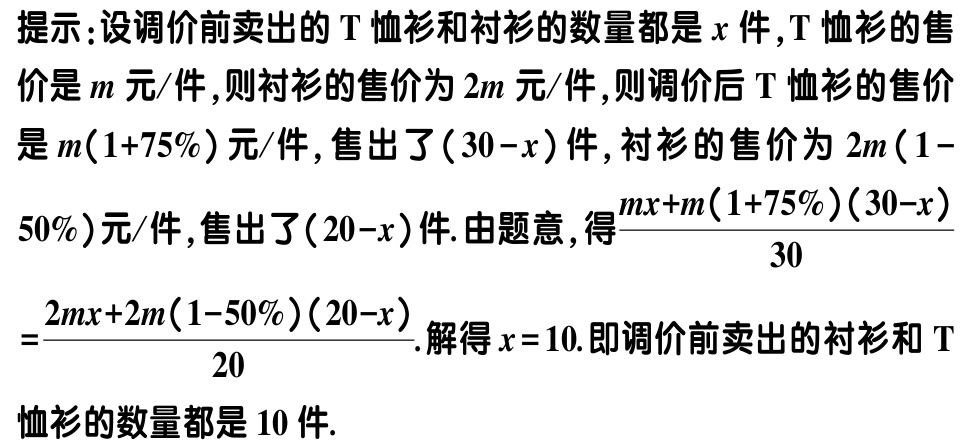
5.（2023·成都青羊区期中）如图，在矩形 \(ABCD\) 中，\(AB = 4\)，\(AD = 8\)，点 \(E,F\) 分别在边 \(AD,BC\) 上，且 \(AE = 3\). 将矩形沿直线 \(EF\) 翻折，点 \(A\) 的对应点 \(A'\) 恰好落在对角线 \(AC\) 上，点 \(B\) 的对应点为 \(B'\). 若 \(M\) 为线段 \(AA'\) 上一动点，则 \(EM+\frac{\sqrt{5}}{5}A'M\) 的最小值为  .